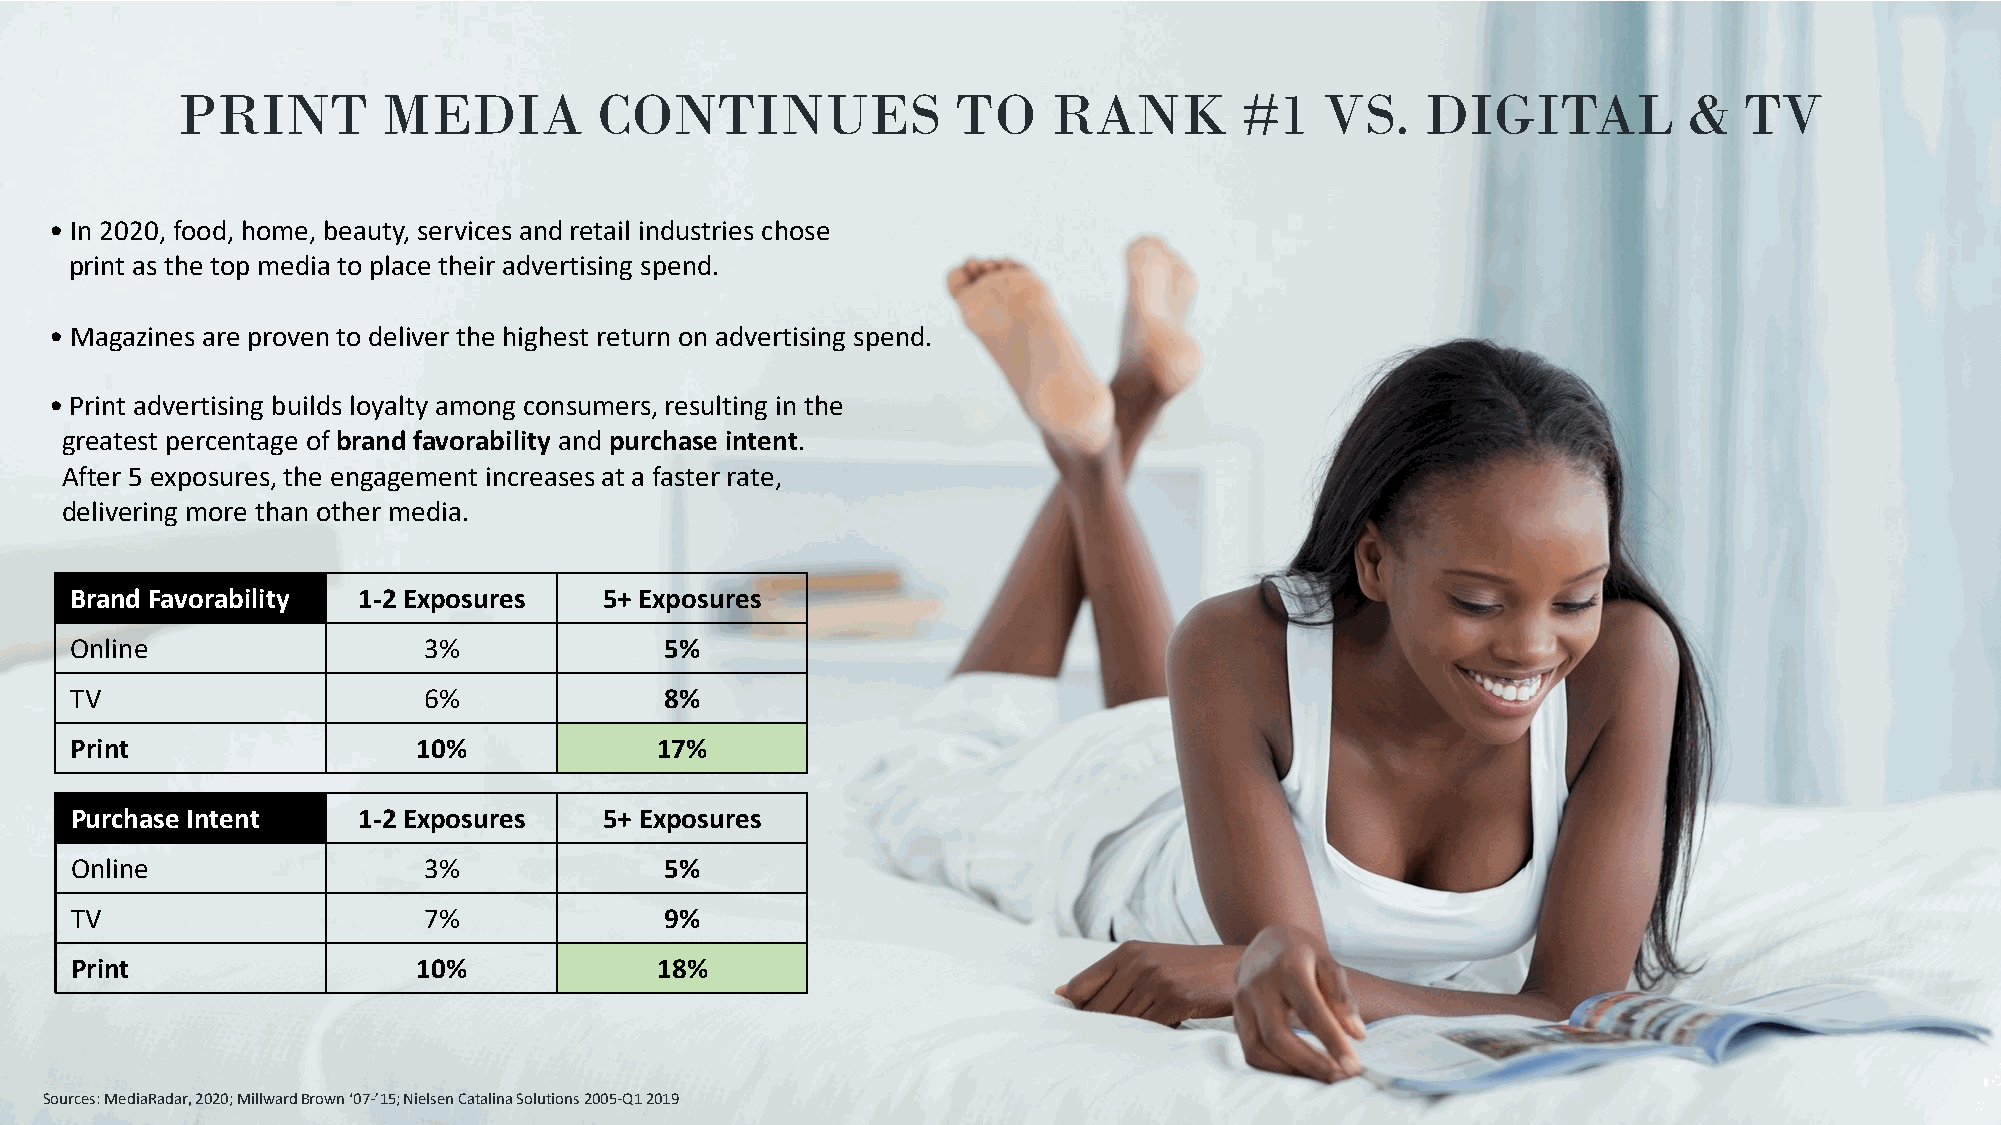
PRINT        MEDIA          CONTINUES              TO     RANK        #1    VS.   DIGITAL           &  TV
 • In 2020, food, home, beauty, services and retail industries chose
 print as the top media to place their advertising spend.
 • Magazines are proven to deliver the highest return on advertising spend.
 • Print advertising builds loyalty among consumers, resulting in the
 greatest percentage of brand favorability and purchase intent.
 After 5 exposures, the engagement increases at a faster rate,
 delivering more than other media.
 Brand Favorability 1-2 Exposures   5+ Exposures
 Online                 3%              5%
 TV                     6%              8%
 Print                  10%            17%
 Purchase Intent    1-2 Exposures   5+ Exposures
 Online                 3%              5%
 TV                     7%              9%
 Print                  10%            18%
 Sources: MediaRadar, 2020; MillwardBrown ‘07-’15; Nielsen Catalina Solutions 2005-Q1 2019